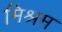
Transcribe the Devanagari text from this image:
मिश्रम